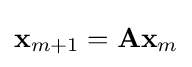
\mathbf {x} _{m+1}=\mathbf {A} \mathbf {x} _{m}